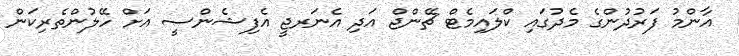
އާންމު ފަރުދުންގެ މެދުގައި ކްލައިމެޓް ޗޭންޖް އަދި އެނަރޖީ އެފިޝެންސީ އަށް ހޭލުންތެރިކަން